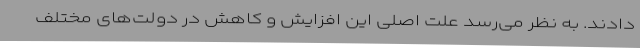
دادند. به نظر می‌رسد علت اصلی این افزایش و کاهش در دولت‌های مختلف